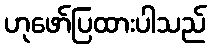
ဟုဖော်ပြထားပါသည်